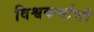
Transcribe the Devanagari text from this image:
विश्वकर्माणौ